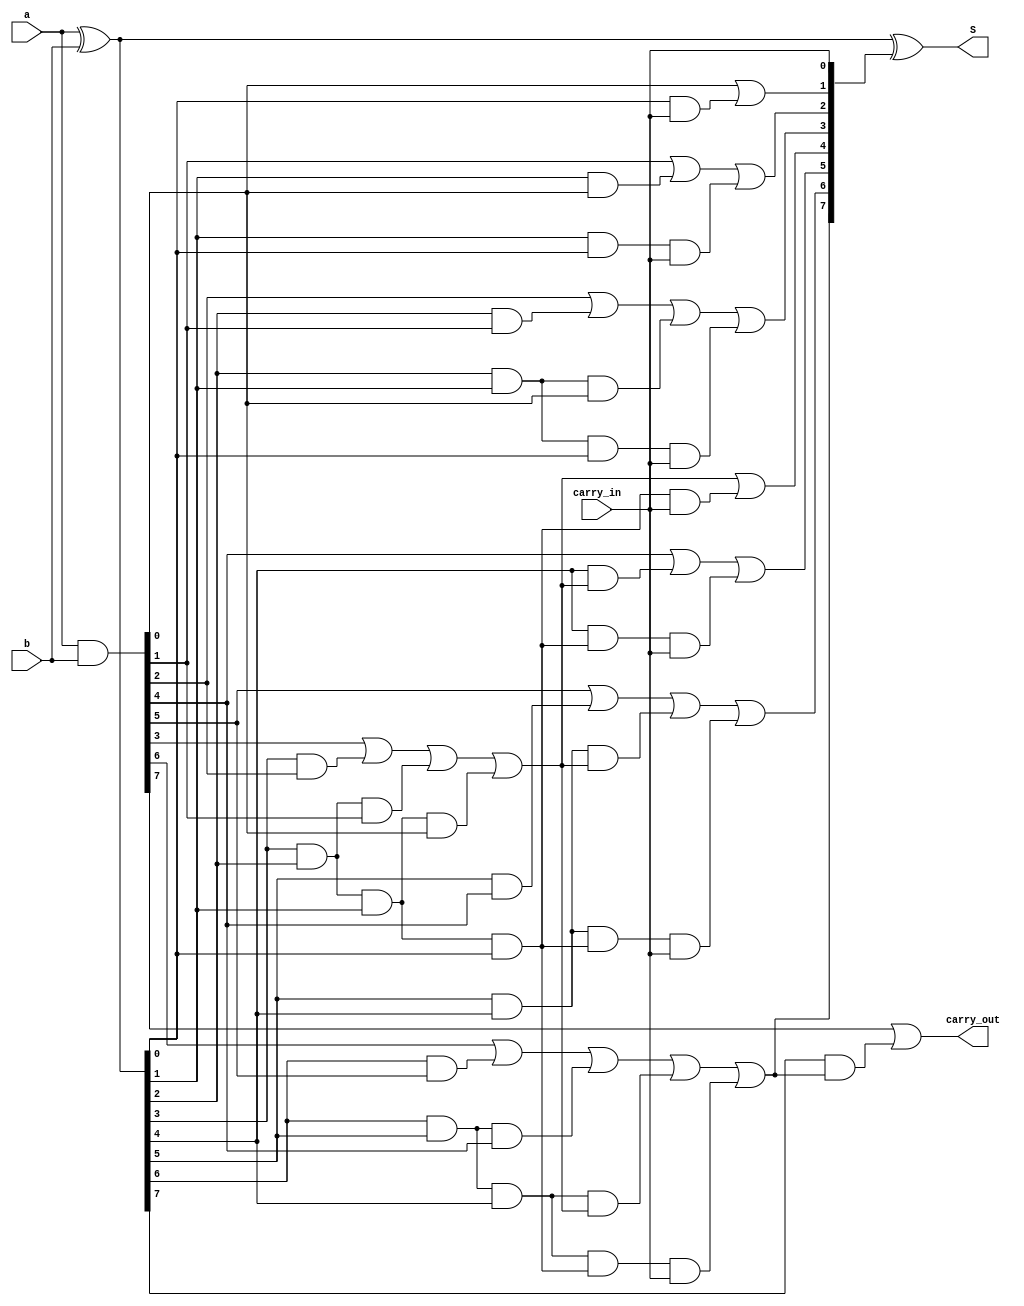
`timescale 1ns/1ns 

module carry_look_ahead_adder ( carry_out, S, carry_in, a,b);

  output carry_out;
  output [7:0] S;     // sum
  input carry_in;    
  input [7:0] a,b;    // 4 bits of each number

  wire [7:0] g,p;      // wires for generators and propagators
  wire [7:0] c;        // wires for carries
 
  assign g = a & b;

  assign p = a ^ b;    
  wire P,G;

  assign c[0] = carry_in;
  assign c[1] = g[0] | (p[0] & c[0]);
  assign c[2] = g[1] | (p[1] & g[0]) | (p[1] & p[0] & c[0]);
  assign c[3] = g[2] | (p[2] & g[1]) | (p[2] & p[1] & g[0]) | (p[2] & p[1] & p[0] & c[0]);

  assign P = p[3] & p[2] & p[1] & p[0];
  assign G = g[3] | (p[3] & g[2]) | (p[3] & p[2] & g[1]) | (p[3] & p[2] & p[1] & g[0]);

  assign c[4] = G | (P & c[0]);
  assign c[5] = g[4] | (p[4] & G) | (p[4] & P & c[0]);
  assign c[6] = g[5] | (p[5] & g[4]) | (p[5] & p[4] & G) | (p[5] & p[4] & P & c[0]);
  assign c[7] = g[6] | (p[6] & g[5]) | (p[6] & p[5] & g[4]) | (p[6] & p[5] & p[4] & G) | (p[6] & p[5] & p[4] & P & c[0]);

  assign carry_out = g[7] | p[7] & (g[6] | (p[6] & g[5]) | (p[6] & p[5] & g[4]) | (p[6] & p[5] & p[4] & G) | (p[6] & p[5] & p[4] & P & c[0]));
  assign S = p^c;
endmodule


// module carry_look_adder_8bit (carry_out,S,carry_in,a,b);

// output carry_out;
// output [7:0] S;
// input carry_in;
// input [7:0] a,b;

// wire out1;

// carry_look_adder_4bit X (out1, S[3:0], carry_in, a[3:0], b[3:0] );
// carry_look_adder_4bit Y (carry_out, S[7:4], out1, a[7:4], b[7:4]);



// endmodule